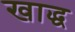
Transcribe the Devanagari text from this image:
खाद्ध